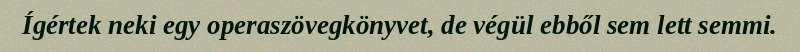
Ígértek neki egy operaszövegkönyvet, de végül ebből sem lett semmi.